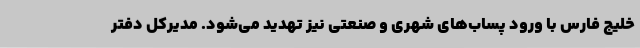
خلیج فارس با ورود پساب‌های شهری و صنعتی نیز تهدید می‌شود. مدیرکل دفتر